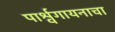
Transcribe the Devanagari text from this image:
पार्श्वगायनाचा